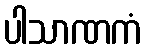
ပါသာဏကံ